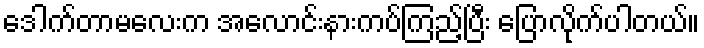
ဒေါက်တာမလေးက အလောင်းနားကပ်ကြည့်ပြီး ပြောလိုက်ပါတယ်။